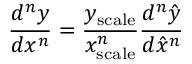
{ \frac { d ^ { n } y } { d x ^ { n } } } = { \frac { y _ { \mathrm { s c a l e } } } { x _ { \mathrm { s c a l e } } ^ { n } } } { \frac { d ^ { n } { \hat { y } } } { d { \hat { x } } ^ { n } } }